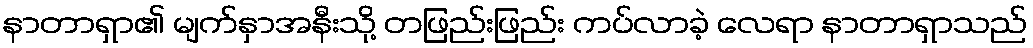
နာတာရှာ၏ မျက်နှာအနီးသို့ တဖြည်းဖြည်း ကပ်လာခဲ့ လေရာ နာတာရှာသည်